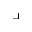
\lrcorner